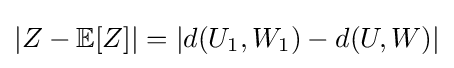
|Z-\mathbb {E} [Z]|=|d(U_{1},W_{1})-d(U,W)|